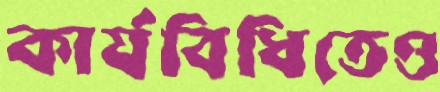
কার্যবিধিতেও